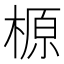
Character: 榞